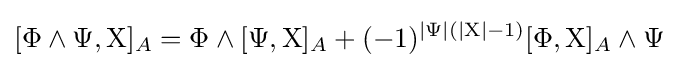
[\Phi \wedge \Psi ,\mathrm {X} ]_{A}=\Phi \wedge [\Psi ,\mathrm {X} ]_{A}+(-1)^{|\Psi |(|\mathrm {X} |-1)}[\Phi ,\mathrm {X} ]_{A}\wedge \Psi